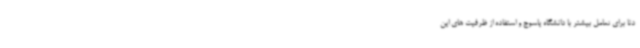
دنا برای تعامل بیشتر با دانشگاه یاسوج و استفاده از ظرفیت های این